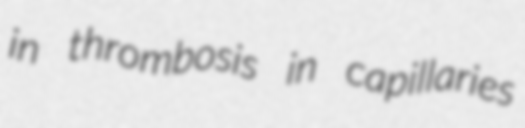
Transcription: in thrombosis in capillaries